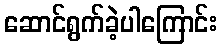
ဆောင်ရွက်ခဲ့ပါကြောင်း